Indian journal of veterinary science and animal husbandry - Volume 12,
Year: 1942
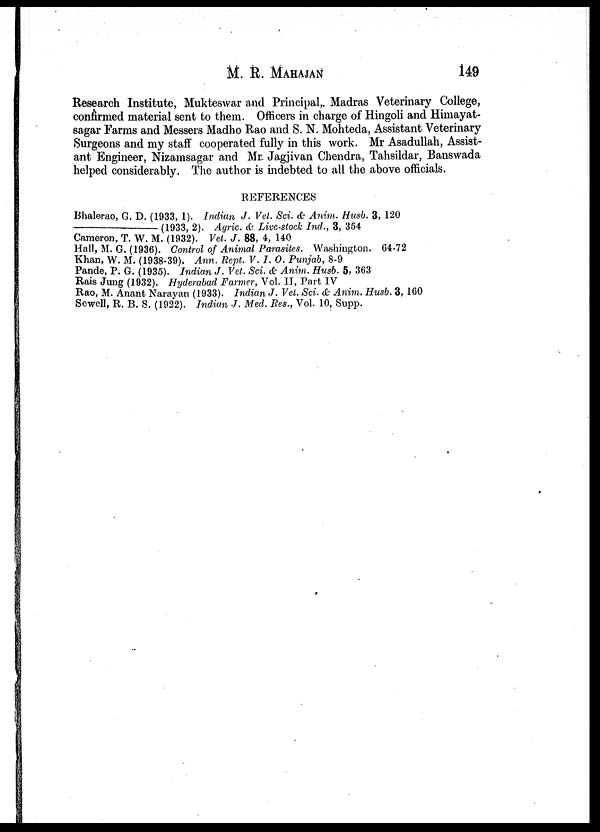
M. R. MAHAJAN 149
Research Institute, Mukteswar and Principal,. Madras Veterinary College,
confirmed material sent to them. Officers in charge of Hingoli and Himayat¬
sagar Farms and Messers Madho Rao and S. N. Mohteda, Assistant Veterinary
Surgeons and my staff cooperated fully in this work. Mr Asadullah, Assist-
ant Engineer, Nizamsagar and Mr. Jagjivan Chendra, Tahsildar, Banswada
helped considerably. The author is indebted to all the above officials.
REFERENCES
Bhalerao, G. D. (1933, 1). Indian J. Vet. Sci. & Anim. Husb. 3, 120
—(1933,
2). Agric., & Live-stock Ind., 3, 354
Cameron, T. W. M. (1932). Vet. J. 88, 4, 140
Hall, M. G. (1936). Control of Animal Parasites. Washington. 64-72
Khan, W. M. (1938-39). Ann. Rept. V. I. O. Punjab, 8-9
Pande, P. G. (1935). Indian J. Vet. Sci. & Anim. Husb. 5, 363
Rais Jung (1932). Hyderabad Farmer, Vol. II, Part IV
Rao, M. Anant Narayan (1933). Indian J. Vet. Sci. & Anim. Husb. 3, 160
Sewell, R. B. S. (1922). Indian J. Med. Res., Vol. 10, Supp.